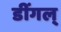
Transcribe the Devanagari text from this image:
डींगल्